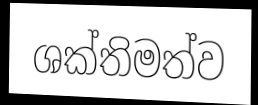
ශක්තිමත්ව